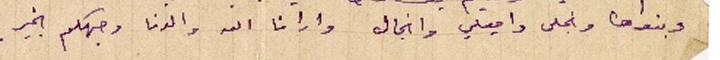
وبنوها ونجلى واميلي وانجال وارانا الله والدنا وجهكم بخير